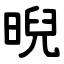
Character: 晲